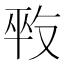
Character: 𠭕